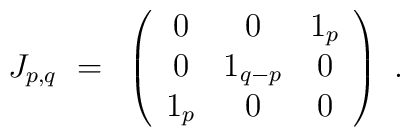
J_{p,q}~=~\left( \begin{array}{ccc}                   0   &    0    & 1_p \\                   0   & 1_{q-p} &  0  \\                   1_p &    0    &  0                \end{array} \right)~.